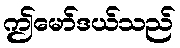
ဤမော်ဒယ်သည်